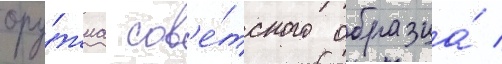
ору́жиа сов'е́тского образца́ /